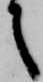
之